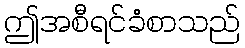
ဤအစီရင်ခံစာသည်